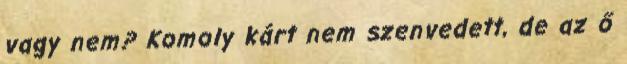
vagy nem? Komoly kárt nem szenvedett, de az ő